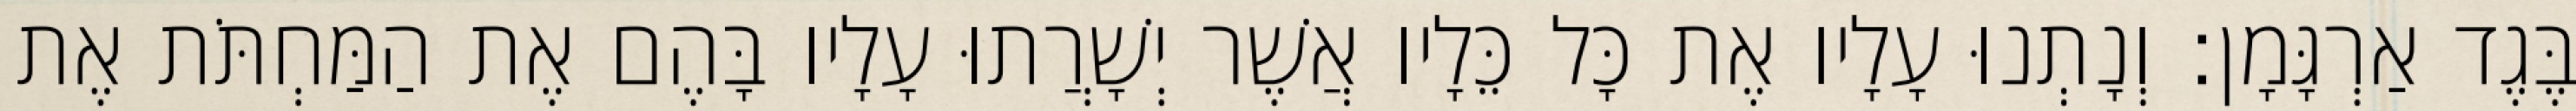
בֶּגֶד אַרְגָּמָן׃ וְנָתְנוּ עָלָיו אֶת כָּל כֵּלָיו אֲשֶׁר יְשָׁרֲתוּ עָלָיו בָּהֶם אֶת הַמַּחְתֹּת אֶת